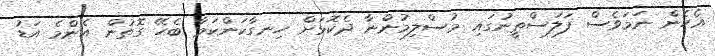
އެހެން ނަމަވެސް ފަލަސްތީނުގައި މުސްލިމުންނާ ދެކޮޅަށް ހިނގާކަންކަމާ ބެހޭ ގޮތުން އެންމެ އަޑު